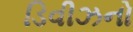
ડિવીઝનો